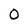
Character: 0